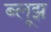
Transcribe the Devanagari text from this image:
ब्लूझ